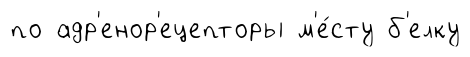
по адр'енор'ецепторы м'е́сту б'елку